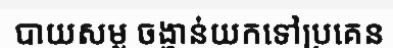
បាយសម្ល ចង្ហាន់យកទៅប្រគេន